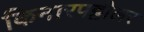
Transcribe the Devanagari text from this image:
किनारपट्टीलर